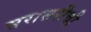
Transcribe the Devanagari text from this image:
सरासरीची